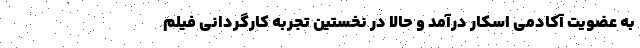
به عضویت آکادمی اسکار درآمد و حالا در نخستین تجربه کارگردانی فیلم